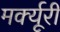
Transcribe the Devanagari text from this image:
मर्क्यूरी